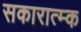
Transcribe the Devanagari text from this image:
सकारात्म्क